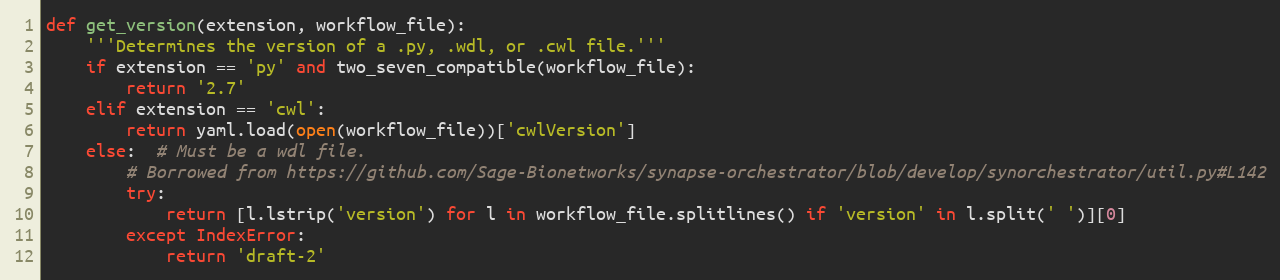
Language: Python
def get_version(extension, workflow_file):
    '''Determines the version of a .py, .wdl, or .cwl file.'''
    if extension == 'py' and two_seven_compatible(workflow_file):
        return '2.7'
    elif extension == 'cwl':
        return yaml.load(open(workflow_file))['cwlVersion']
    else:  # Must be a wdl file.
        # Borrowed from https://github.com/Sage-Bionetworks/synapse-orchestrator/blob/develop/synorchestrator/util.py#L142
        try:
            return [l.lstrip('version') for l in workflow_file.splitlines() if 'version' in l.split(' ')][0]
        except IndexError:
            return 'draft-2'